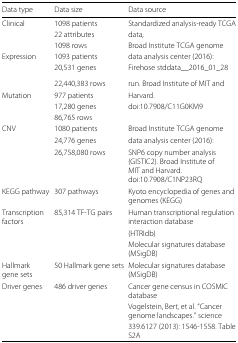
| Data type | Data size | Data source |
 | --- | --- | --- |
 | Clinical | 1098 patients | Standardized analysis-ready TCGA |
 |  | 22 attributes | data, |
 |  | 1098 rows | Broad Institute TCGA genome |
 | Expression | 1093 patients | data analysis center (2016): |
 |  | 20,531 genes | Firehose stddata__2016_01_28 |
 |  | 22,440,383 rows | run. Broad Institute of MIT and |
 | Mutation | 977 patients | Harvard. |
 |  | 17,280 genes | doi:10.7908/C11G0KM9 |
 |  | 86,765 rows |  |
 | CNV | 1080 patients | Broad Institute TCGA genome |
 |  | 24,776 genes | data analysis center (2016): |
 |  | 26,758,080 rows | SNP6 copy number analysis (GISTIC2). Broad Institute of MIT and Harvard.doi:10.7908/C1NP23RQ |
 | KEGG pathway | 307 pathways | Kyoto encyclopedia of genes and genomes (KEGG) |
 | Transcription factors | 85,314 TF-TG pairs | Human transcriptional regulation interaction database |
 |  |  | (HTRIdb) |
 |  |  | Molecular signatures database (MSigDB) |
 | Hallmark gene sets | 50 Hallmark gene sets | Molecular signatures database (MSigDB) |
 | Driver genes | 486 driver genes | Cancer gene census in COSMIC database |
 |  |  | Vogelstein, Bert, et al. “Cancer genome landscapes.” science |
 |  |  | 339.6127 (2013): 1546-1558. Table S2A |